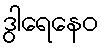
ဒွါရေနေဝ